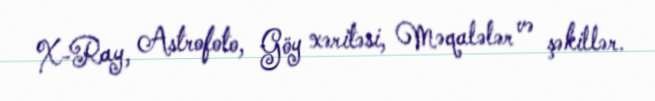
X-Ray, Astrofoto, Göy xəritəsi, Məqalələr və şəkillər.